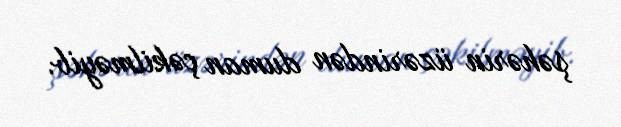
şəhərin üzərindən duman çəkilməyib.